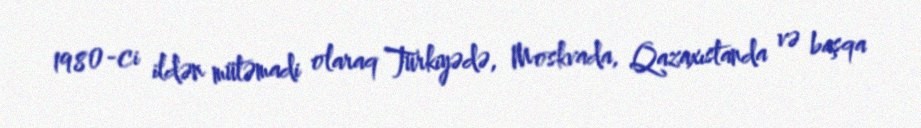
1980-ci ildən mütəmadi olaraq Türkiyədə, Moskvada, Qazaxıstanda və başqa